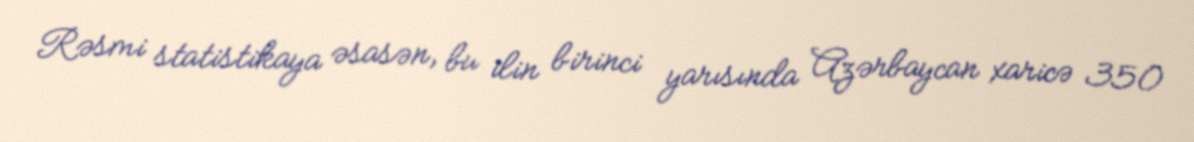
Rəsmi statistikaya əsasən, bu ilin birinci yarısında Azərbaycan xaricə 350